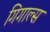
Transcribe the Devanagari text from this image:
गिगाल्स